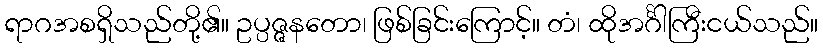
ရာဂအစရှိသည်တို့၏။ ဥပ္ပဇ္ဇနတော၊ ဖြစ်ခြင်းကြောင့်။ တံ၊ ထိုအင်္ဂါကြီးငယ်သည်။